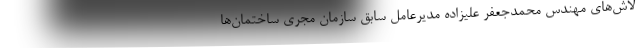
لاش‌های مهندس محمدجعفر علیزاده مدیرعامل سابق سازمان مجری ساختمان‌ها